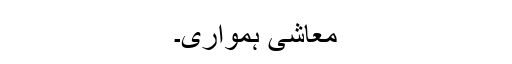
معاشی ہمواری۔